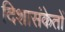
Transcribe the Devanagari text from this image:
दिशासंकेतों